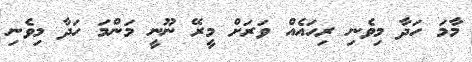
މާމަ ހަދާ މިވެނި ރިހައެއް ވަރަށް މީރޭ ނޫނީ މަންމަ ހަދާ މިވެނި